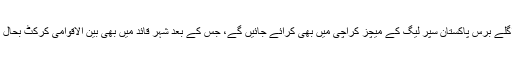
ان کے بقول اگلے برس پاکستان سپر لیگ کے میچز کراچی میں بھی کرائے جائیں گے، جس کے بعد شہر قائد میں بھی بین الاقوامی کرکٹ بحال ہو جائے گی۔